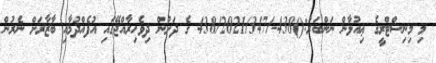
މި މިނިސްޓްރީގެ ޢިއުލާން ނަންބަރު:()438-/438/2021/347 ގެ ދަށުން ދިވެހިރާއްޖޭގައި އުފެއްދުމާއި ބާޒާރަށް ނެރުން